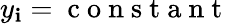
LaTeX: y_{\mathbf{i}}=\mathrm{{~c~o~n~s~t~a~n~t~}}